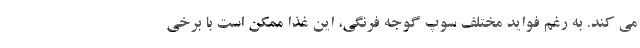
می کند. به رغم فواید مختلف سوپ گوجه فرنگی، این غذا ممکن است با برخی